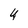
Character: 4